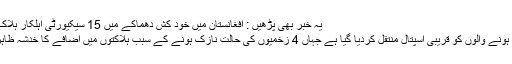
یہ خبر بھی پڑھیں : افغانستان میں خود کش دھماکے میں 15 سیکیورٹی اہلکار ہلاک، گورنر محفوظ
ہلاک اور زخمی ہونے والوں کو قریبی اسپتال منتقل کردیا گیا ہے جہاں 4 زخمیوں کی حالت نازک ہونے کے سبب ہلاکتوں میں اضافے کا خدشہ ظاہر کیا جا رہا ہے۔